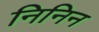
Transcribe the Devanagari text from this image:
निनिन